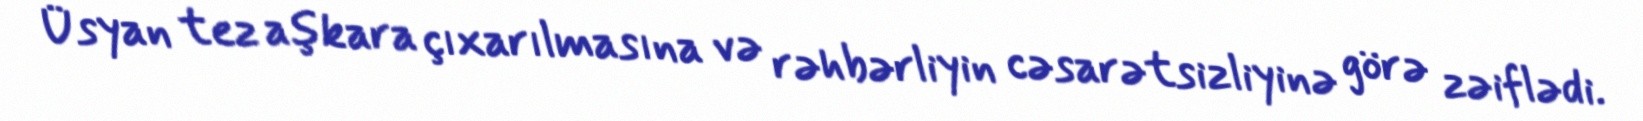
Üsyan tez aşkara çıxarılmasına və rəhbərliyin cəsarətsizliyinə görə zəiflədi.